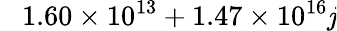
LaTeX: \phantom{-}1.60\times10^{13}+1.47\times10^{16}\mathit{j}